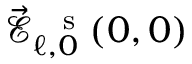
\vec { \mathcal { E } } _ { \ell , 0 } ^ { \mathrm { ~ \, ~ s ~ } } ( 0 , 0 )